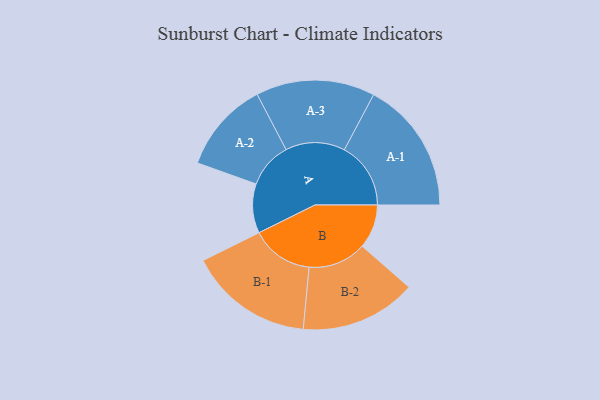
{"axis": {"x": "Segment", "y": "Value"}, "legend": ["", "A", "B"], "data": [{"x": "A", "y": 207, "type": ""}, {"x": "B", "y": 185, "type": ""}, {"x": "A-1", "y": 279, "type": "A"}, {"x": "A-2", "y": 192, "type": "A"}, {"x": "A-3", "y": 250, "type": "A"}, {"x": "B-1", "y": 262, "type": "B"}, {"x": "B-2", "y": 244, "type": "B"}]}